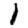
Digit: 1